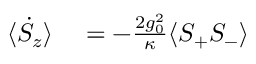
\begin{array} { r l } { \langle \dot { S } _ { z } \rangle } & { { } = - \frac { 2 g _ { 0 } ^ { 2 } } { \kappa } \langle S _ { + } S _ { - } \rangle } \end{array}